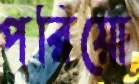
পরিয়ো